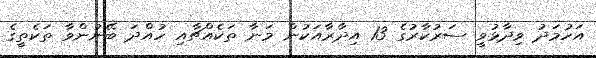
އަހުމަދު ވިދާޅުވީ ސަރުކާރުގެ 13 އިދާރާއަކުން މަނާ ތަކެއްޗާއި ހުއްދަ ބޭނުންވާ ތަކެތީގެ